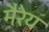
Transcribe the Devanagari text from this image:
मैरेय